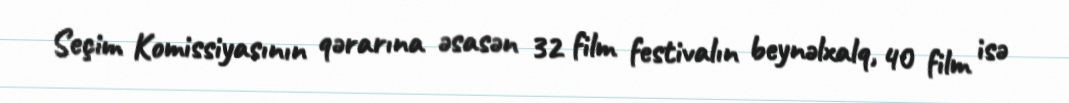
Seçim Komissiyasının qərarına əsasən 32 film festivalın beynəlxalq, 40 film isə